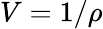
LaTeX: V=1/\rho